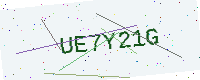
Text: UE7Y21G